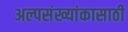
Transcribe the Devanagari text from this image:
अल्पसंख्यांकासाठी